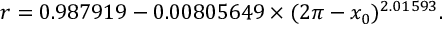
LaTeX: r = 0 . 9 8 7 9 1 9 - 0 . 0 0 8 0 5 6 4 9 \times ( 2 \pi - x _ { 0 } ) ^ { 2 . 0 1 5 9 3 } .